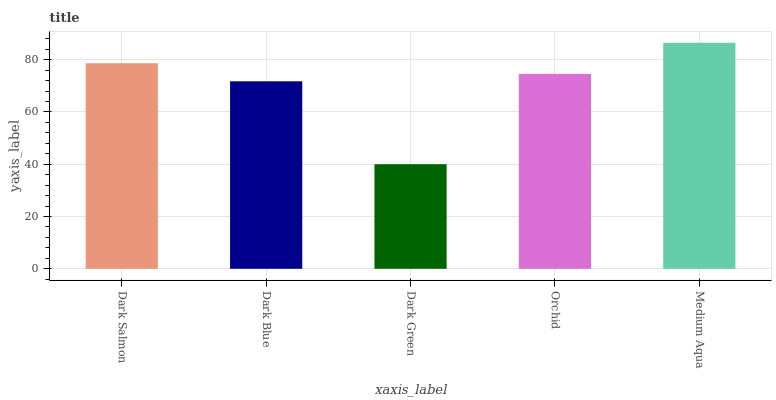
| xaxis_label | bars |
 | --- | --- |
 | Dark Salmon | 78.6 |
 | Dark Blue | 71.7 |
 | Dark Green | 40 |
 | Orchid | 74.6 |
 | Medium Aqua | 86.5 |